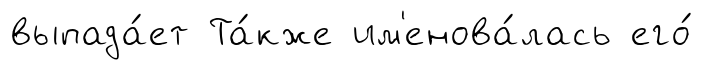
выпада́ет Та́кже им'енова́лась его́